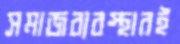
সমাজব্যবস্থারই